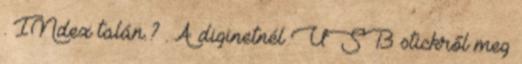
. INdex talán.? . A diginetnél USB stickről meg